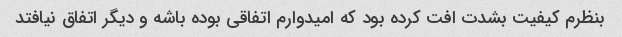
بنظرم کیفیت بشدت افت کرده بود که امیدوارم اتفاقی بوده باشه و دیگر اتفاق نیافتد